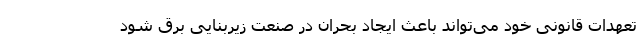
تعهدات قانونی خود می‌تواند باعث ایجاد بحران در صنعت زیربنایی برق شود